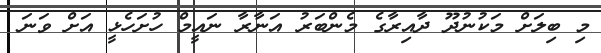
މި ބިލަށް މަކުނުދޫ ދާއިރާގެ މެންބަރު އަނާރާ ނައީމް ހުށަހެޅީ އަށް ވަނަ